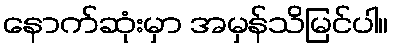
နောက်ဆုံးမှာ အမှန်သိမြင်ပါ။